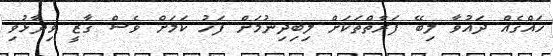
ހައްގެއް ދައުވާ ލިބޭ ފަރާތްތަކަށް ލިބިދިނުމަށް ފަހު ކަމަށް ވެސް ގާޒީ ވިދާޅުވި